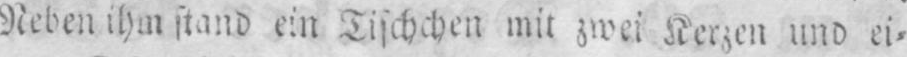
Neben ihm stand ein Tischchen mit zwei Kerzen und ei⸗